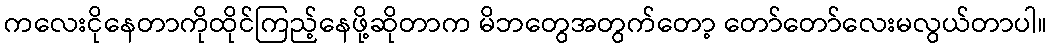
ကလေးငိုနေတာကိုထိုင်ကြည့်နေဖို့ဆိုတာက မိဘတွေအတွက်တော့ တော်တော်လေးမလွယ်တာပါ။